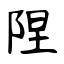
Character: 陧